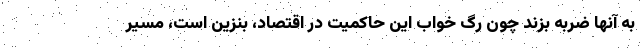
به آنها ضربه بزند چون رگ خواب این حاکمیت در اقتصاد، بنزین است، مسیر